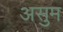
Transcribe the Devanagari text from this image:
असुम